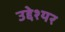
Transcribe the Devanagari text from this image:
उद्देश्यर